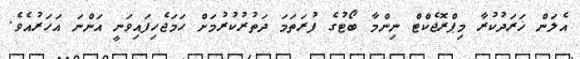
އެލަން ޚަރަދުކުރާ މިޕްރޮޖެކްޓް ނިންމާ ބޯޓުގެ ފުރަތަމަ ދަތުރުކުރުމަށް ހަމަޖެހިފައިވަނީ އަންނަ އަހަރުއެވެ.